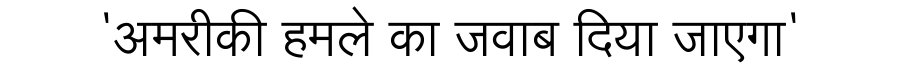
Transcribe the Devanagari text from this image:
'अमरीकी हमले का जवाब दिया जाएगा'